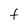
Character: F